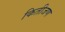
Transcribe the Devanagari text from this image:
कितीजण